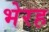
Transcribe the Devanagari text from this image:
भेरह